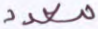
معدد